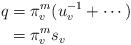
LaTeX: \begin{align*}q&=\pi_v^m (u_v^{-1}+\dotsb)\\ &=\pi_v^m s_v\end{align*}